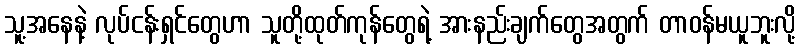
သူ့အနေနဲ့ လုပ်ငန်းရှင်တွေဟာ သူတို့ထုတ်ကုန်တွေရဲ့ အားနည်းချက်တွေအတွက် တာဝန်မယူဘူးလို့